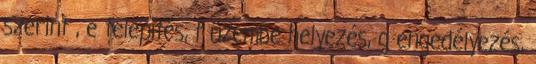
szerint , e telepítés, f üzembe helyezés, g engedélyezés,